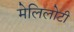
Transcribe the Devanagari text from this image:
मेलिलोटी